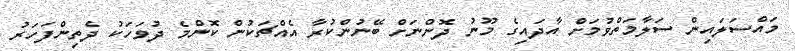
މައްސަލައިން ސަލާމަތްވުމަށް އާދައިގެ މޫނު ދޮންނަށްް ބޭނުންކުރާ އެއްޗަކުން ކޮންމެ ދުވަހަކު ދެތިންފަހަރު